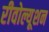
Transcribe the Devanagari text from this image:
रीवोल्यूशन